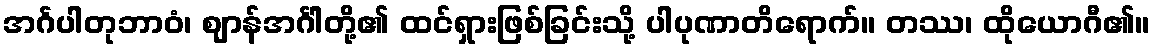
အင်္ဂပါတုဘာဝံ၊ ဈာန်အင်္ဂါတို့၏ ထင်ရှားဖြစ်ခြင်းသို့ ပါပုဏာတိရောက်။ တဿ၊ ထိုယောဂီ၏။